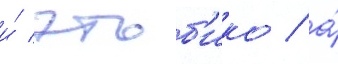
и́ этоб'ико / а́